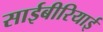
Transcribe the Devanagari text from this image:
साईबीरियाई